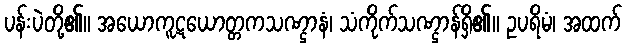
ပန်းပဲတို့၏။ အယောကူဋယောတ္တကသဏ္ဌာနံ၊ သံကိုက်သဏ္ဌာန်ရှိ၏။ ဥပရိမံ၊ အထက်